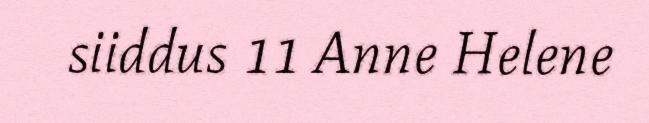
siiddus 11 Anne Helene